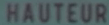
HAUTEUR